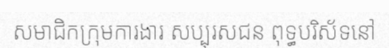
សមាជិកក្រុមការងារ សប្បុរសជន ពុទ្ធបរិស័ទនៅ